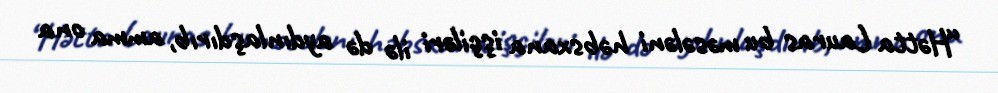
“Hətta Lauras bu məsələni həbsxana işçiləri ilə də aydınlaşdırıb, amma ona